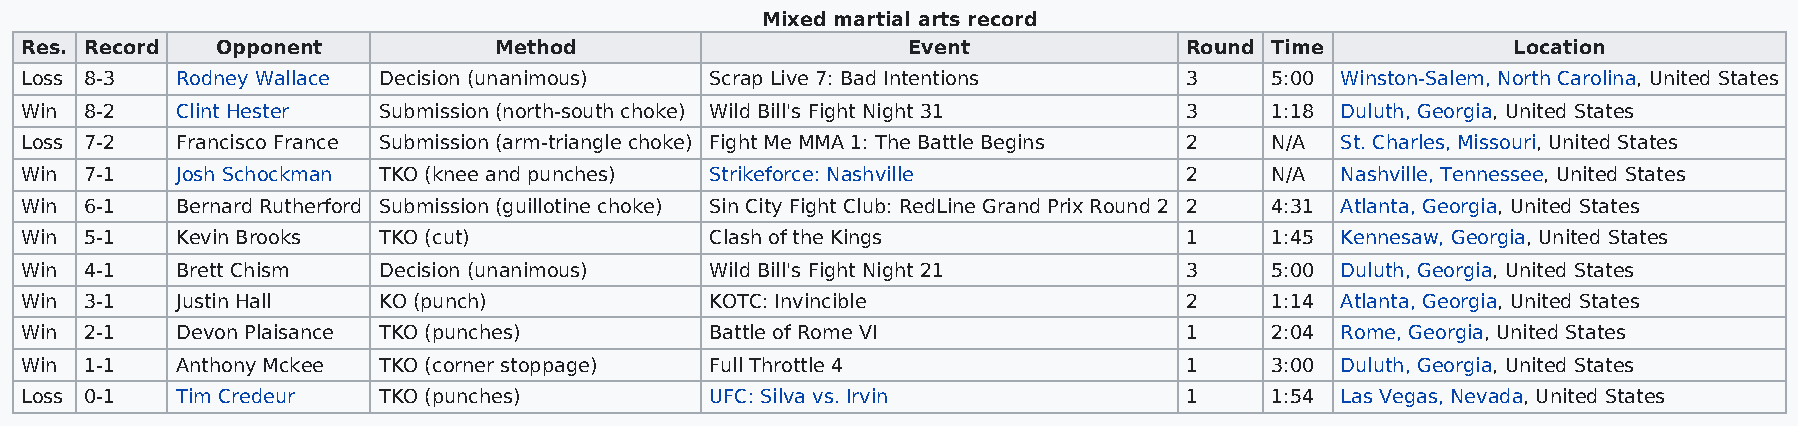
Mixed martial arts record
 Res. Record  Opponent           Method                     Event             Round Time            Location
 Loss 8-3   Rodney Wallace Decision (unanimous) Scrap Live 7: Bad Intentions  3     5:00 Winston-Salem, North Carolina, United States
 Win  8-2   Clint Hester Submission (north-south choke) Wild Bill's Fight Night 31 3 1:18 Duluth, Georgia, United States
 Loss 7-2   Francisco France Submission (arm-triangle choke) Fight Me MMA 1: The Battle Begins 2 N/A St. Charles, Missouri, United States
 Win  7-1   Josh Schockman TKO (knee and punches) Strikeforce: Nashville      2     N/A  Nashville, Tennessee, United States
 Win  6-1   Bernard Rutherford Submission (guillotine choke) Sin City Fight Club: RedLine Grand Prix Round 2 2 4:31 Atlanta, Georgia, United States
 Win  5-1   Kevin Brooks TKO (cut)             Clash of the Kings             1     1:45 Kennesaw, Georgia, United States
 Win  4-1   Brett Chism  Decision (unanimous)  Wild Bill's Fight Night 21     3     5:00 Duluth, Georgia, United States
 Win  3-1   Justin Hall  KO (punch)            KOTC: Invincible               2     1:14 Atlanta, Georgia, United States
 Win  2-1   Devon Plaisance TKO (punches)      Battle of Rome VI              1     2:04 Rome, Georgia, United States
 Win  1-1   Anthony Mckee TKO (corner stoppage) Full Throttle 4               1     3:00 Duluth, Georgia, United States
 Loss 0-1   Tim Credeur  TKO (punches)         UFC: Silva vs. Irvin           1     1:54 Las Vegas, Nevada, United States